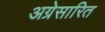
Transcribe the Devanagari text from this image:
अग्रेसारित